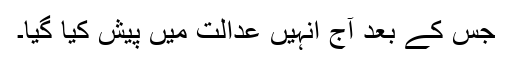
جس کے بعد آج انہیں عدالت میں پیش کیا گیا۔